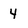
Character: 4